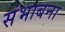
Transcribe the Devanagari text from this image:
संभाबना